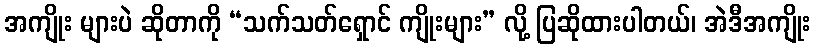
အကျိုး များပဲ ဆိုတာကို “သက်သတ်ရှောင် ကျိုးများ” လို့ ပြဆိုထားပါတယ်၊ အဲဒီအကျိုး